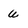
Character: u